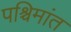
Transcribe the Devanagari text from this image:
पश्चिमांत